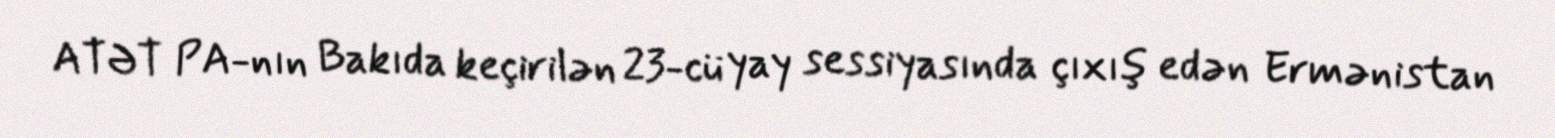
ATƏT PA-nın Bakıda keçirilən 23-cü yay sessiyasında çıxış edən Ermənistan